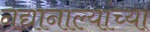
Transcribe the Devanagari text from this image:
नद्यानाल्यांच्या